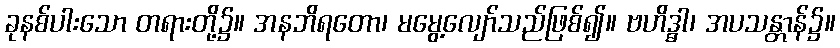
ခုနစ်ပါးသော တရားတို့၌။ အနဘိရတော၊ မမွေ့လျော်သည်ဖြစ်၍။ ဗဟိဒ္ဓါ၊ အပသန္တာန်၌။